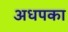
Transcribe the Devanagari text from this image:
अधपका